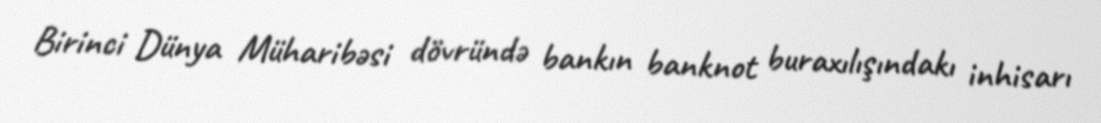
Birinci Dünya Müharibəsi dövründə bankın banknot buraxılışındakı inhisarı